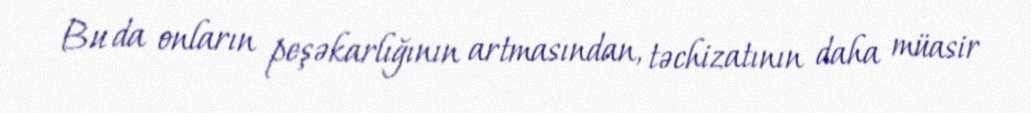
Bu da onların peşəkarlığının artmasından, təchizatının daha müasir